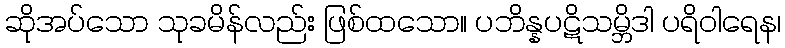
ဆိုအပ်သော သုခမိန်လည်း ဖြစ်ထသော။ ပဘိန္နပဋိသမ္ဘိဒါ ပရိဝါရေန၊